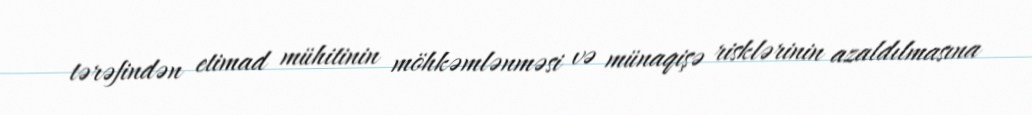
tərəfindən etimad mühitinin möhkəmlənməsi və münaqişə risklərinin azaldılmasına